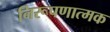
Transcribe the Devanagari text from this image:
निरूपणात्मक